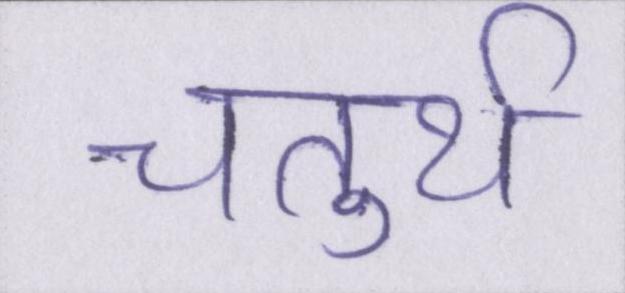
चतुर्थ